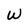
Character: W